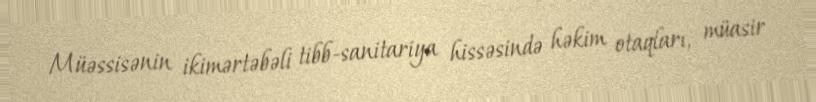
Müəssisənin ikimərtəbəli tibb-sanitariya hissəsində həkim otaqları, müasir